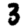
Digit: 3